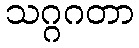
သဂ္ဂဂတာ